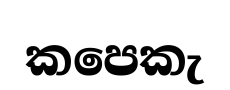
කපෙකැ